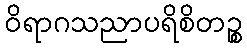
ဝိရာဂသညာပရိစိတဉ္စ